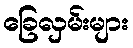
ခြေလှမ်းများ